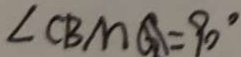
\angle C B M G = 9 0 ^ { \circ }